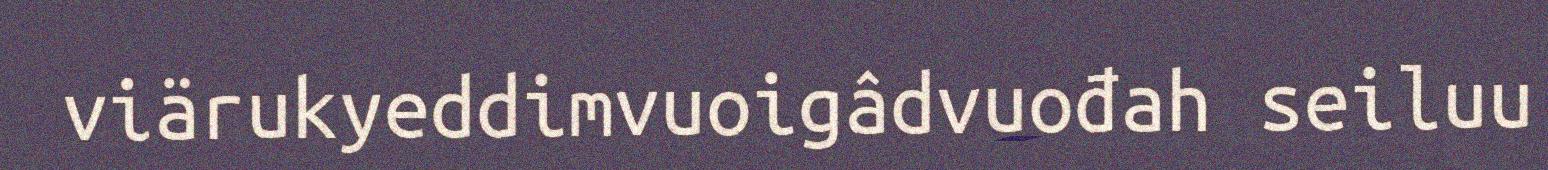
viärukyeddimvuoigâdvuođah seiluu